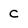
Character: C